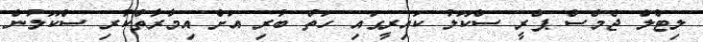
ލިޓްލް ޖެމްސް ޕްރީ ސްކޫލު ކައިރީގައި ހަތް ބުރި އަށް އިމާރާތްކުރި ސްކޫލުން